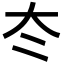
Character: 冭